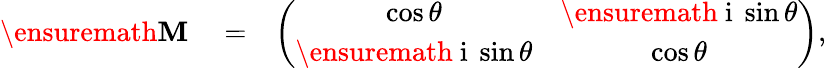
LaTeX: \begin{array}{rlr}{\ensuremath{\mathbf{M}}}&{{}=}&{\left(\begin{array}{cc}{\cos\theta}&{\ensuremath{\mathrm{~i~}}\sin\theta}\\ {\ensuremath{\mathrm{~i~}}\sin\theta}&{\cos\theta}\end{array}\right),}\end{array}